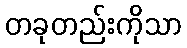
တခုတည်းကိုသာ